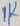
Text: 1K